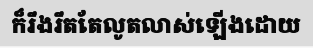
ក៏រឹងរឹតតែលូតលាស់ឡើងដោយ